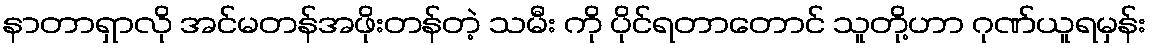
နာတာရှာလို အင်မတန်အဖိုးတန်တဲ့ သမီး ကို ပိုင်ရတာတောင် သူတို့ဟာ ဂုဏ်ယူရမှန်း